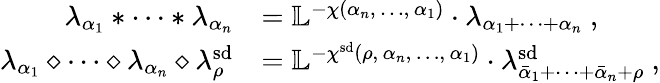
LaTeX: \begin{array}{rl}{\lambda_{\alpha_{1}}*\cdots*\lambda_{\alpha_{n}}}&{=\mathbb{L}^{-\chi(\alpha_{n},\, \dotsc,\, \alpha_{1})}\cdot\lambda_{\alpha_{1}+\cdots+\alpha_{n}}\ ,}\\ {\lambda_{\alpha_{1}}\diamond\cdots\diamond\lambda_{\alpha_{n}}\diamond\lambda_{\rho}^{\smash{\mathrm{sd}}}}&{=\mathbb{L}^{-\chi^{\smash{\mathrm{sd}}}(\rho,\, \alpha_{n},\, \dotsc,\, \alpha_{1})}\cdot\lambda_{\bar{\alpha}_{1}+\cdots+\bar{\alpha}_{n}+\rho}^{\smash{\mathrm{sd}}}\ ,}\end{array}